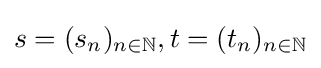
s=(s_{n})_{n\in \mathbb {N} },t=(t_{n})_{n\in \mathbb {N} }